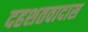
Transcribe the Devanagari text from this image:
दहशतवादास